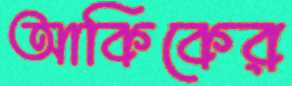
আকিকের